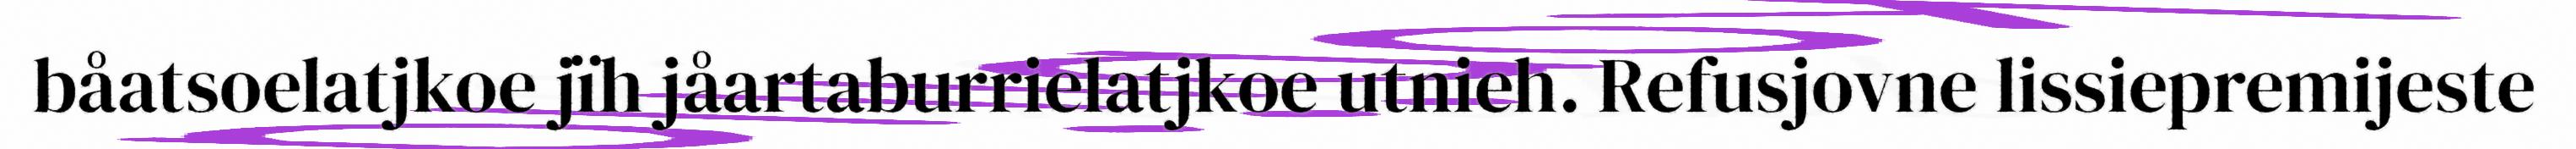
båatsoelatjkoe jïh jåartaburrielatjkoe utnieh. Refusjovne lissiepremijeste